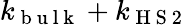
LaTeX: k_{\mathrm{~b~u~l~k~}}+k_{\mathrm{~H~S~2~}}